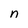
Character: n